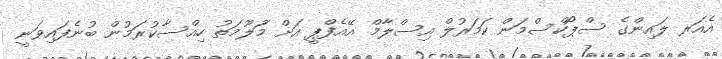
އެއަރ ލައިންގެ ސްޕޯކްސްމަން ކަމަރުލް އިސްލާމް އޭއެފްޕީ އަށް މަުލޫމަތު ހިއްސާކުރަމުން ބުނެފައިވަނީ